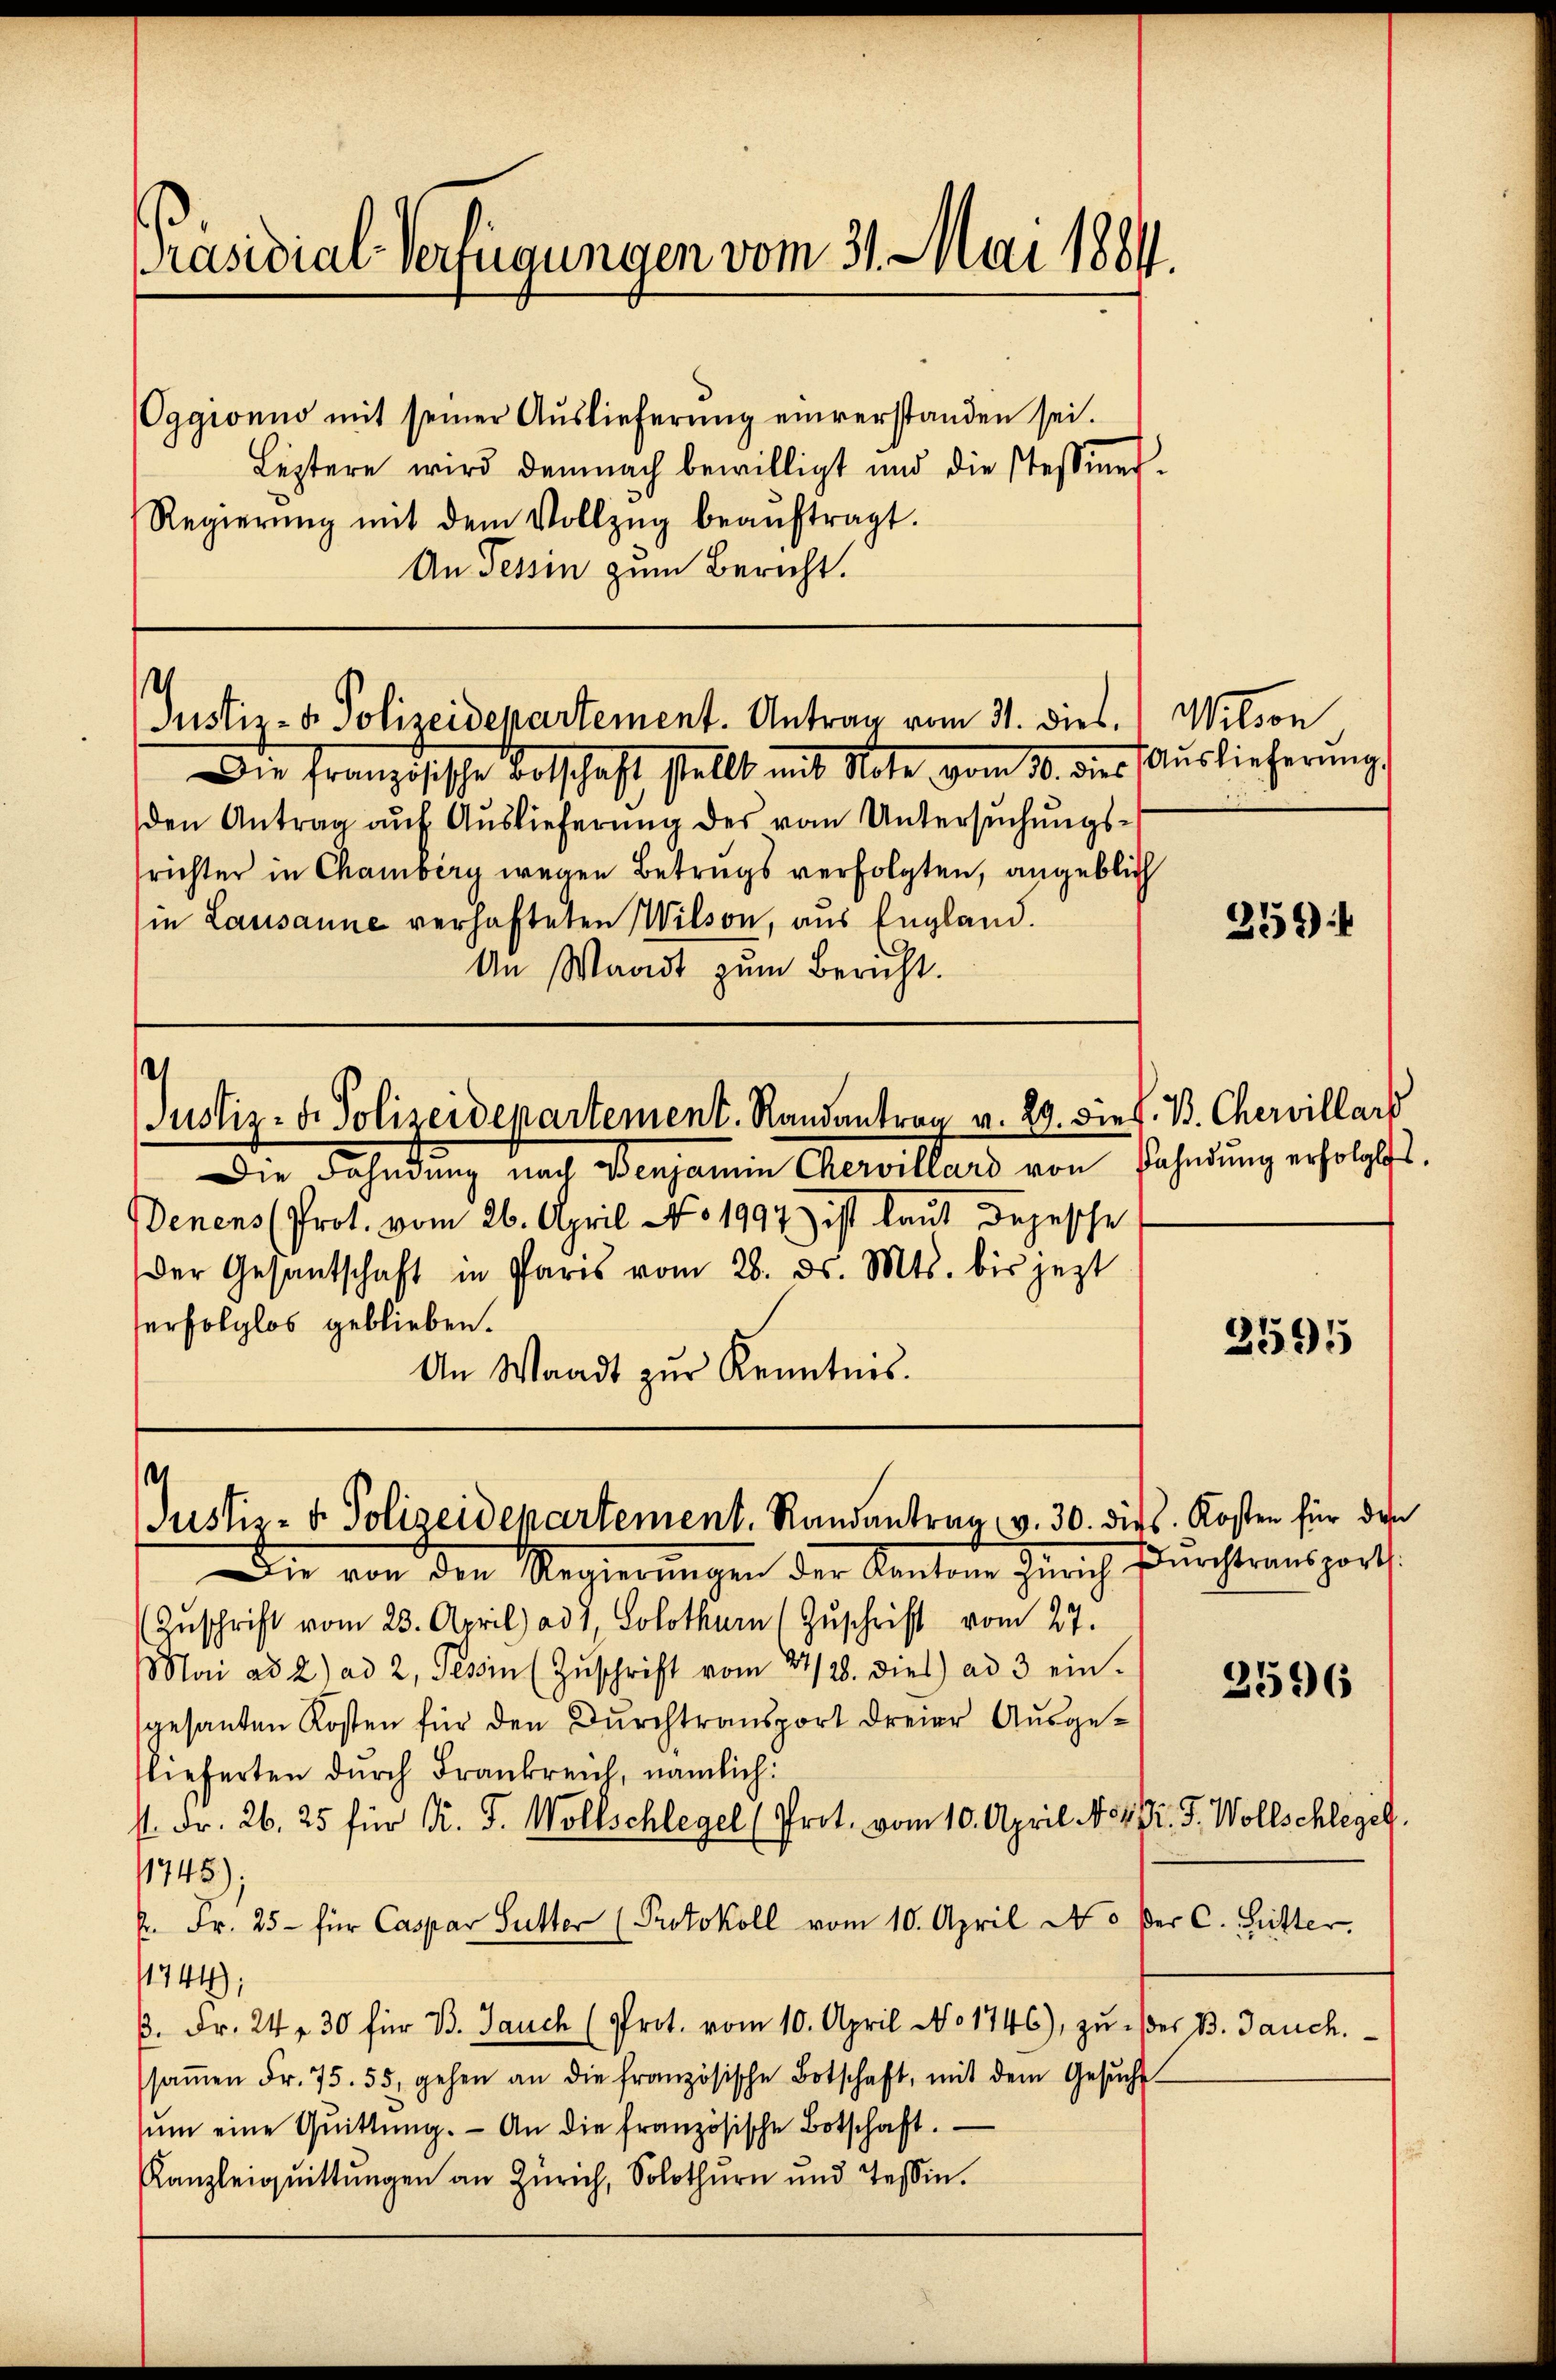
Präsidial-Verfügungen vom 31. Mai 1884.

Oggionio mit seiner Auslieferŭng einverstanden sei.
Leztere wird demnach bewilligt und die stessiner-
Regierŭng mit dem Vollzŭg beaŭftragt.
An Tessin zum Bericht.

Justiz- u. Polizeidepartement. Antrag vom 31. dies.) Wilson

Die französische Botschaft stellt mit Note vom 10. dies Auslieferŭng.
den Antrag auf Auslieferung des vom Untersuchungssrichter in Chamberg wegen Betrugs verfolgten, angeblich
in Lausanne verhafteten Wilson, aus England.
An Waadt zum Bericht.

Die Fahndung nach Benjamin Chervillard von Bahndung erfolglos.
denens (Prot. vom 26. April No 1997) ist laut Depesche
der Gesantschaft in Paris vom 28. ds. Mts. bis jezt
serfolglos geblieben.
An Waadt zur Kenntnis.

s
Justiz- u. Polizeidepartement. Randantrag v. 29. die s. B. Chervillars

e
Justiz- & Polizeidepartement. Randantrag, v. 30. dies. Kosten für den

Die von den Regierungen der Kantone Zürich Durchtransport
Zŭschrift vom 23. April) ad 1, Solothurn (Zŭschrift vom 27.
Mai ad 2) ad 2, Tessin (Zŭschrift vom 27./28. dies ad 3 ein-
gesanten Kosten für den Dŭrchtransport dreier Aŭsge-
lieferten durch Frankreich, nämlich:
st. Fr. 26. 25 für K. J. Wollschlegel (Prot. vom 10. April No 4. P. F. Wollschlegel.
11745);
K. Fr. 25 - für Caspar Sutter (Protokoll vom 10. April do der C. Sutter.
1744):
. Fr. 24 f 30 für B. Jauch (Prot. vom 10. April No 1746), zu ser B. Jauch.
saṁen Fr. 75. 55, gehen an die französische Botschaft, mit dem Gesŭcht
sŭm eine Qŭittŭng. An die französische Botschaft.
Kanzleiqŭittŭngen an Zürich, Solothurn und Tessin.

259)

2595

2596